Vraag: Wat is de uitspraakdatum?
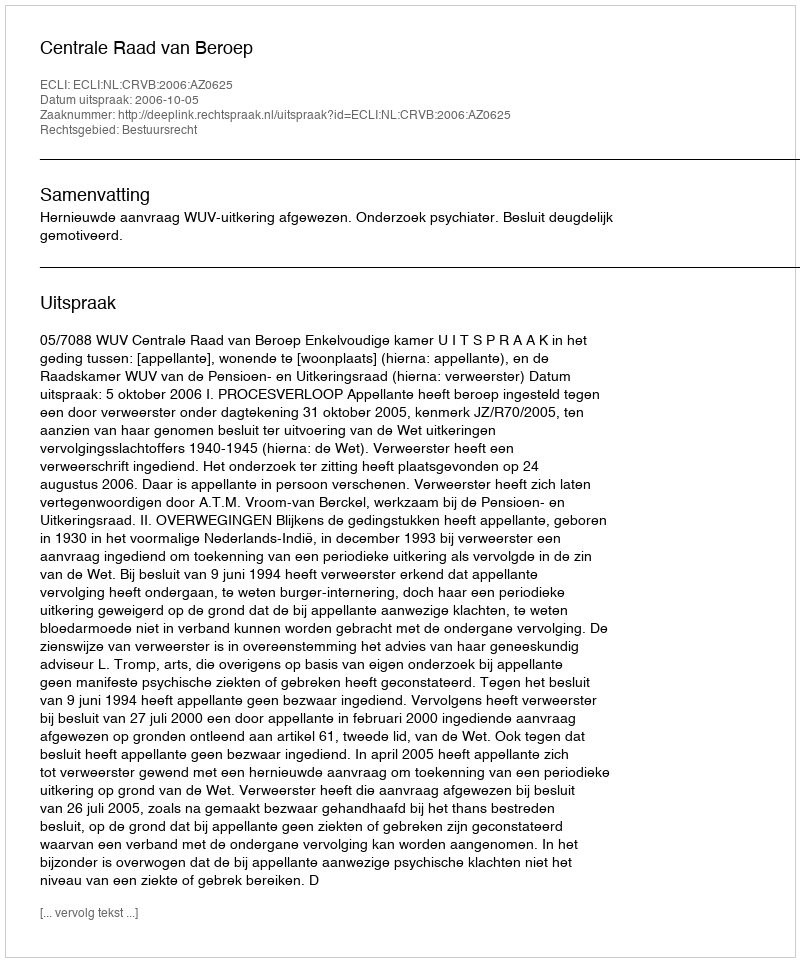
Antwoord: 2006-10-05